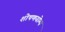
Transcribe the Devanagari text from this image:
शोषणयोग्य